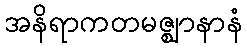
အနိရာကတမဇ္ဈာနာနံ